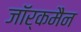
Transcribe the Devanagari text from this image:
जॉर्कमैन